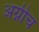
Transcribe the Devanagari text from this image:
अग्नीच